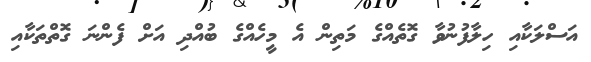
އަސްލަކާއި ހިލާފުނުވާ ގޮތެއްގެ މަތިން އެ މީހެއްގެ ބުއްދި އަށް ފެންނަ ގޮތްތަކާއި